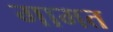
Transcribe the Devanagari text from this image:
गामत